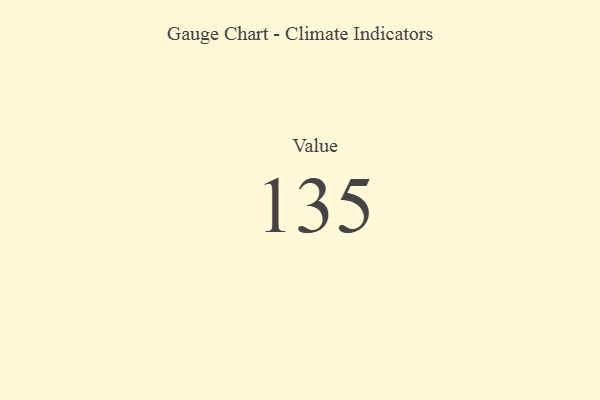
{"axis": {"x": "Metric", "y": "Value"}, "legend": [""], "data": [{"x": "Value", "y": 135, "type": ""}]}